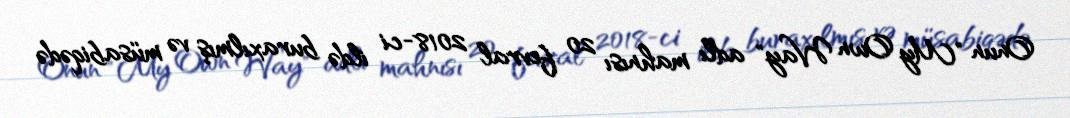
Onun "My Own Way" adlı mahnısı 20 fevral 2018-ci ildə buraxılmış və müsabiqədə